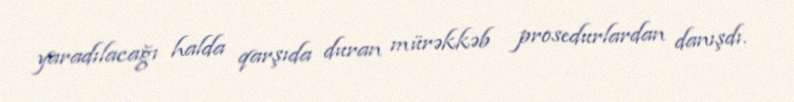
yaradılacağı halda qarşıda duran mürəkkəb prosedurlardan danışdı.